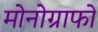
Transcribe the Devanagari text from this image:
मोनोग्राफों